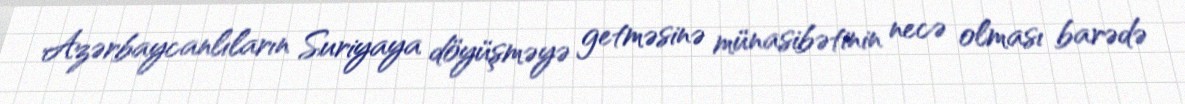
Azərbaycanlıların Suriyaya döyüşməyə getməsinə münasibətinin necə olması barədə